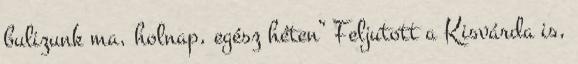
bulizunk ma, holnap, egész héten” Feljutott a Kisvárda is,